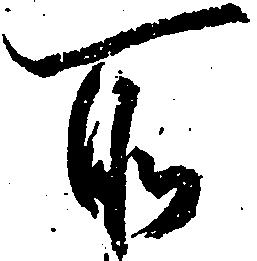
所